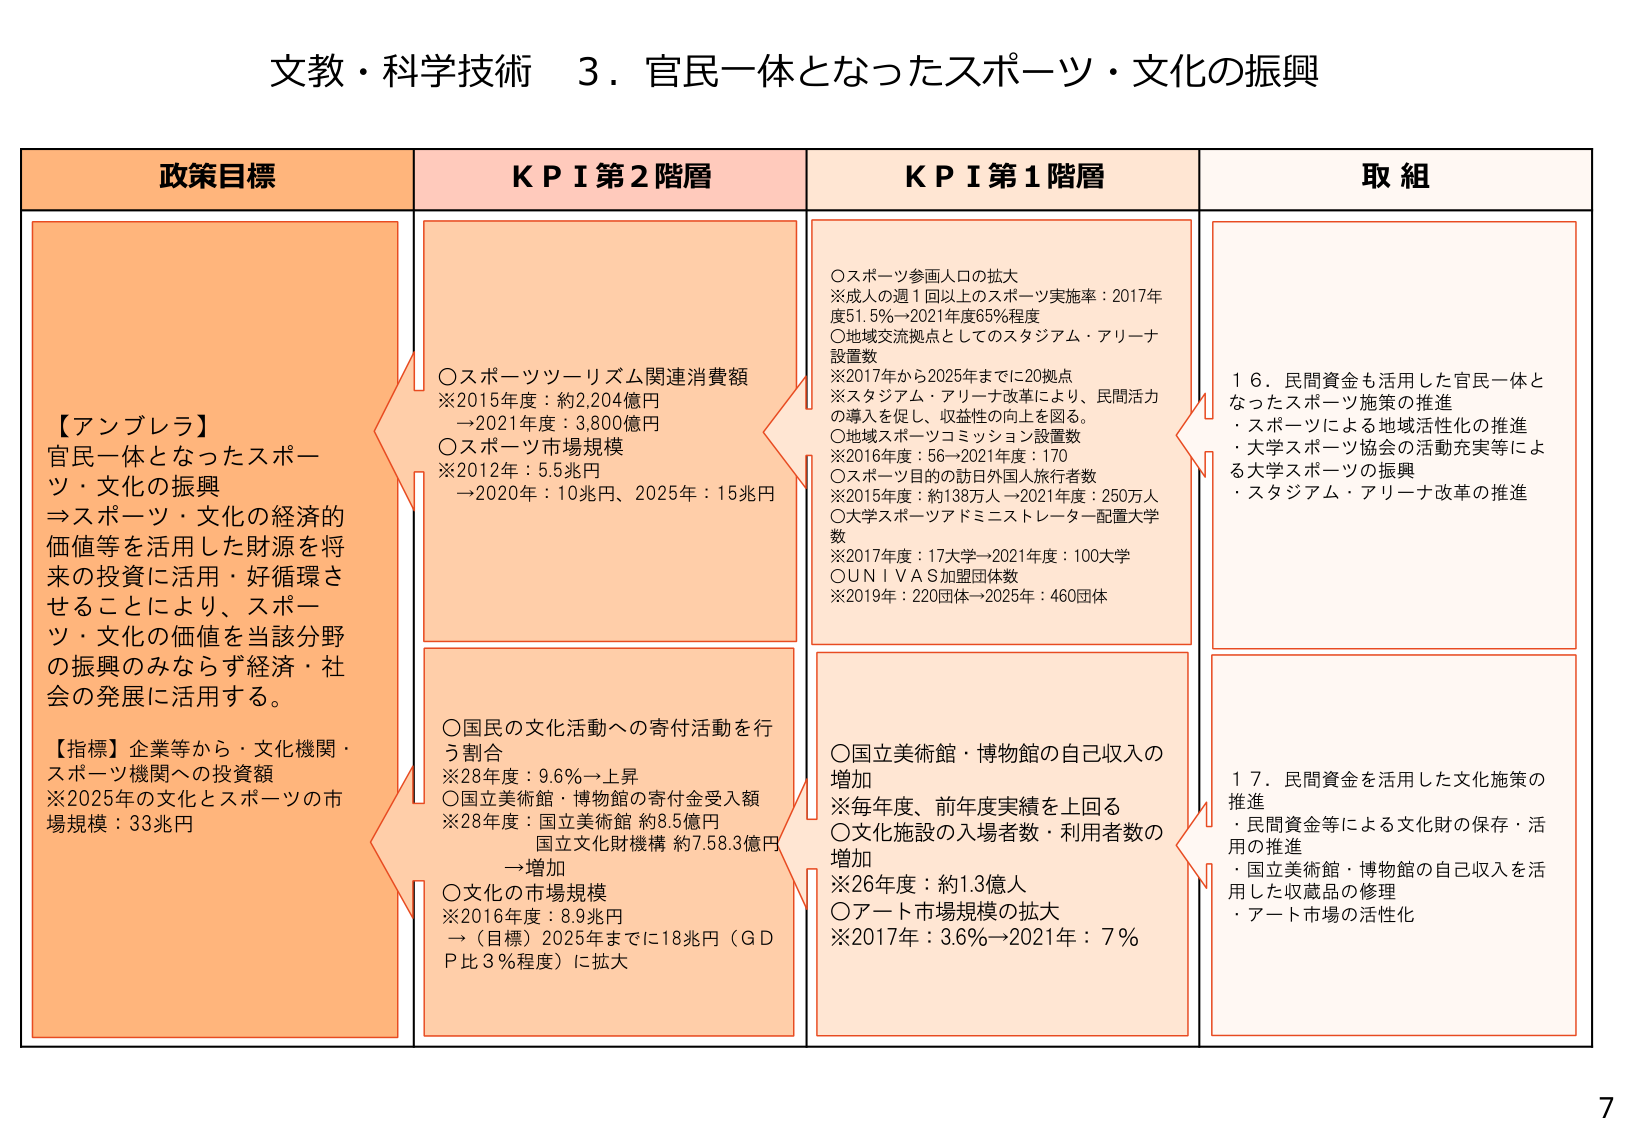
文教・科学技術 ３．官民一体となったスポーツ・文化の振興

政策目標
【アンブレラ】
官民一体となったスポーツ・文化の振興
→スポーツ・文化の経済的価値等を活用した財源を将来の投資に活用・好循環させることにより、スポーツ・文化の価値を当該分野の振興のみならず経済・社会の発展に活用する。
【指標】企業等から・文化機関・スポーツ機関への投資額
※2025年の文化とスポーツの市場規模：33兆円

ＫＰＩ第２階層
○スポーツツーリズム関連消費額
※2015年度：約2,204億円
→2021年度：3,800億円
○スポーツ市場規模
※2012年：5.5兆円
→2020年：10兆円、2025年：15兆円
○国民の文化活動への寄付活動を行う割合
※28年度：9.6％→上昇
○国立美術館・博物館の寄付金受入額
※28年度：国立美術館 約8.5億円
国立文化財機構 約7.58.3億円
→増加
○文化の市場規模
※2016年度：8.9兆円
→（目標）2025年までに18兆円（ＧＤＰ比３％程度）に拡大

ＫＰＩ第１階層
○スポーツ参画人口の拡大
※成人の週１回以上のスポーツ実施率：2017年度51.5％→2021年度65％程度
○地域交流拠点としてのスタジアム・アリーナ設置数
※2017年から2025年までに20拠点
※スタジアム・アリーナ改革により、民間活力の導入を促し、収益性の向上を図る。
○地域スポーツコミッション設置数
※2016年度：56→2021年度：170
○スポーツ目的の訪日外国人旅行者数
※2015年度：約138万人→2021年度：250万人
○大学スポーツアドミニストレーター配置大学数
※2017年度：17大学→2021年度：100大学
○ＵＮＩＶＡＳ加盟団体数
※2019年：220団体→2025年：460団体
○国立美術館・博物館の自己収入の増加
※毎年度、前年度実績を上回る
○文化施設の入場者数・利用者数の増加
※26年度：約1.3億人
○アート市場規模の拡大
※2017年：3.6％→2021年：7％

取組
１６．民間資金も活用した官民一体となったスポーツ施策の推進
・スポーツによる地域活性化の推進
・大学スポーツ協会の活動充実等による大学スポーツの振興
・スタジアム・アリーナ改革の推進
１７．民間資金を活用した文化施策の推進
・民間資金等による文化財の保存・活用の推進
・国立美術館・博物館の自己収入を活用した収蔵品の修理
・アート市場の活性化

7